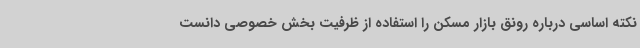
نکته اساسی درباره رونق بازار مسکن را استفاده از ظرفیت بخش خصوصی دانست